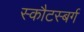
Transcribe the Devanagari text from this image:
स्कौटस्बर्ग